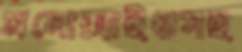
মনোক্সাইডসহ